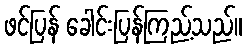
ဖင်ပြန် ခေါင်းပြန်ကြည့်သည်။